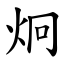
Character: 炯